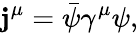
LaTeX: \mathbf{j}^{\mu}=\bar{{\psi}}\gamma^{\mu}\psi,